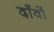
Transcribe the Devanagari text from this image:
दाँवों